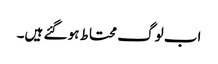
اب لوگ محتاط ہو گئے ہیں۔